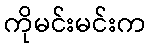
ကိုမင်းမင်းက